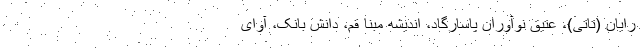
رایان (تاتی)، عتیق نوآوران پاسارگاد، اندیشه مبنا قم، دانش بانک، آوای